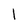
Character: l